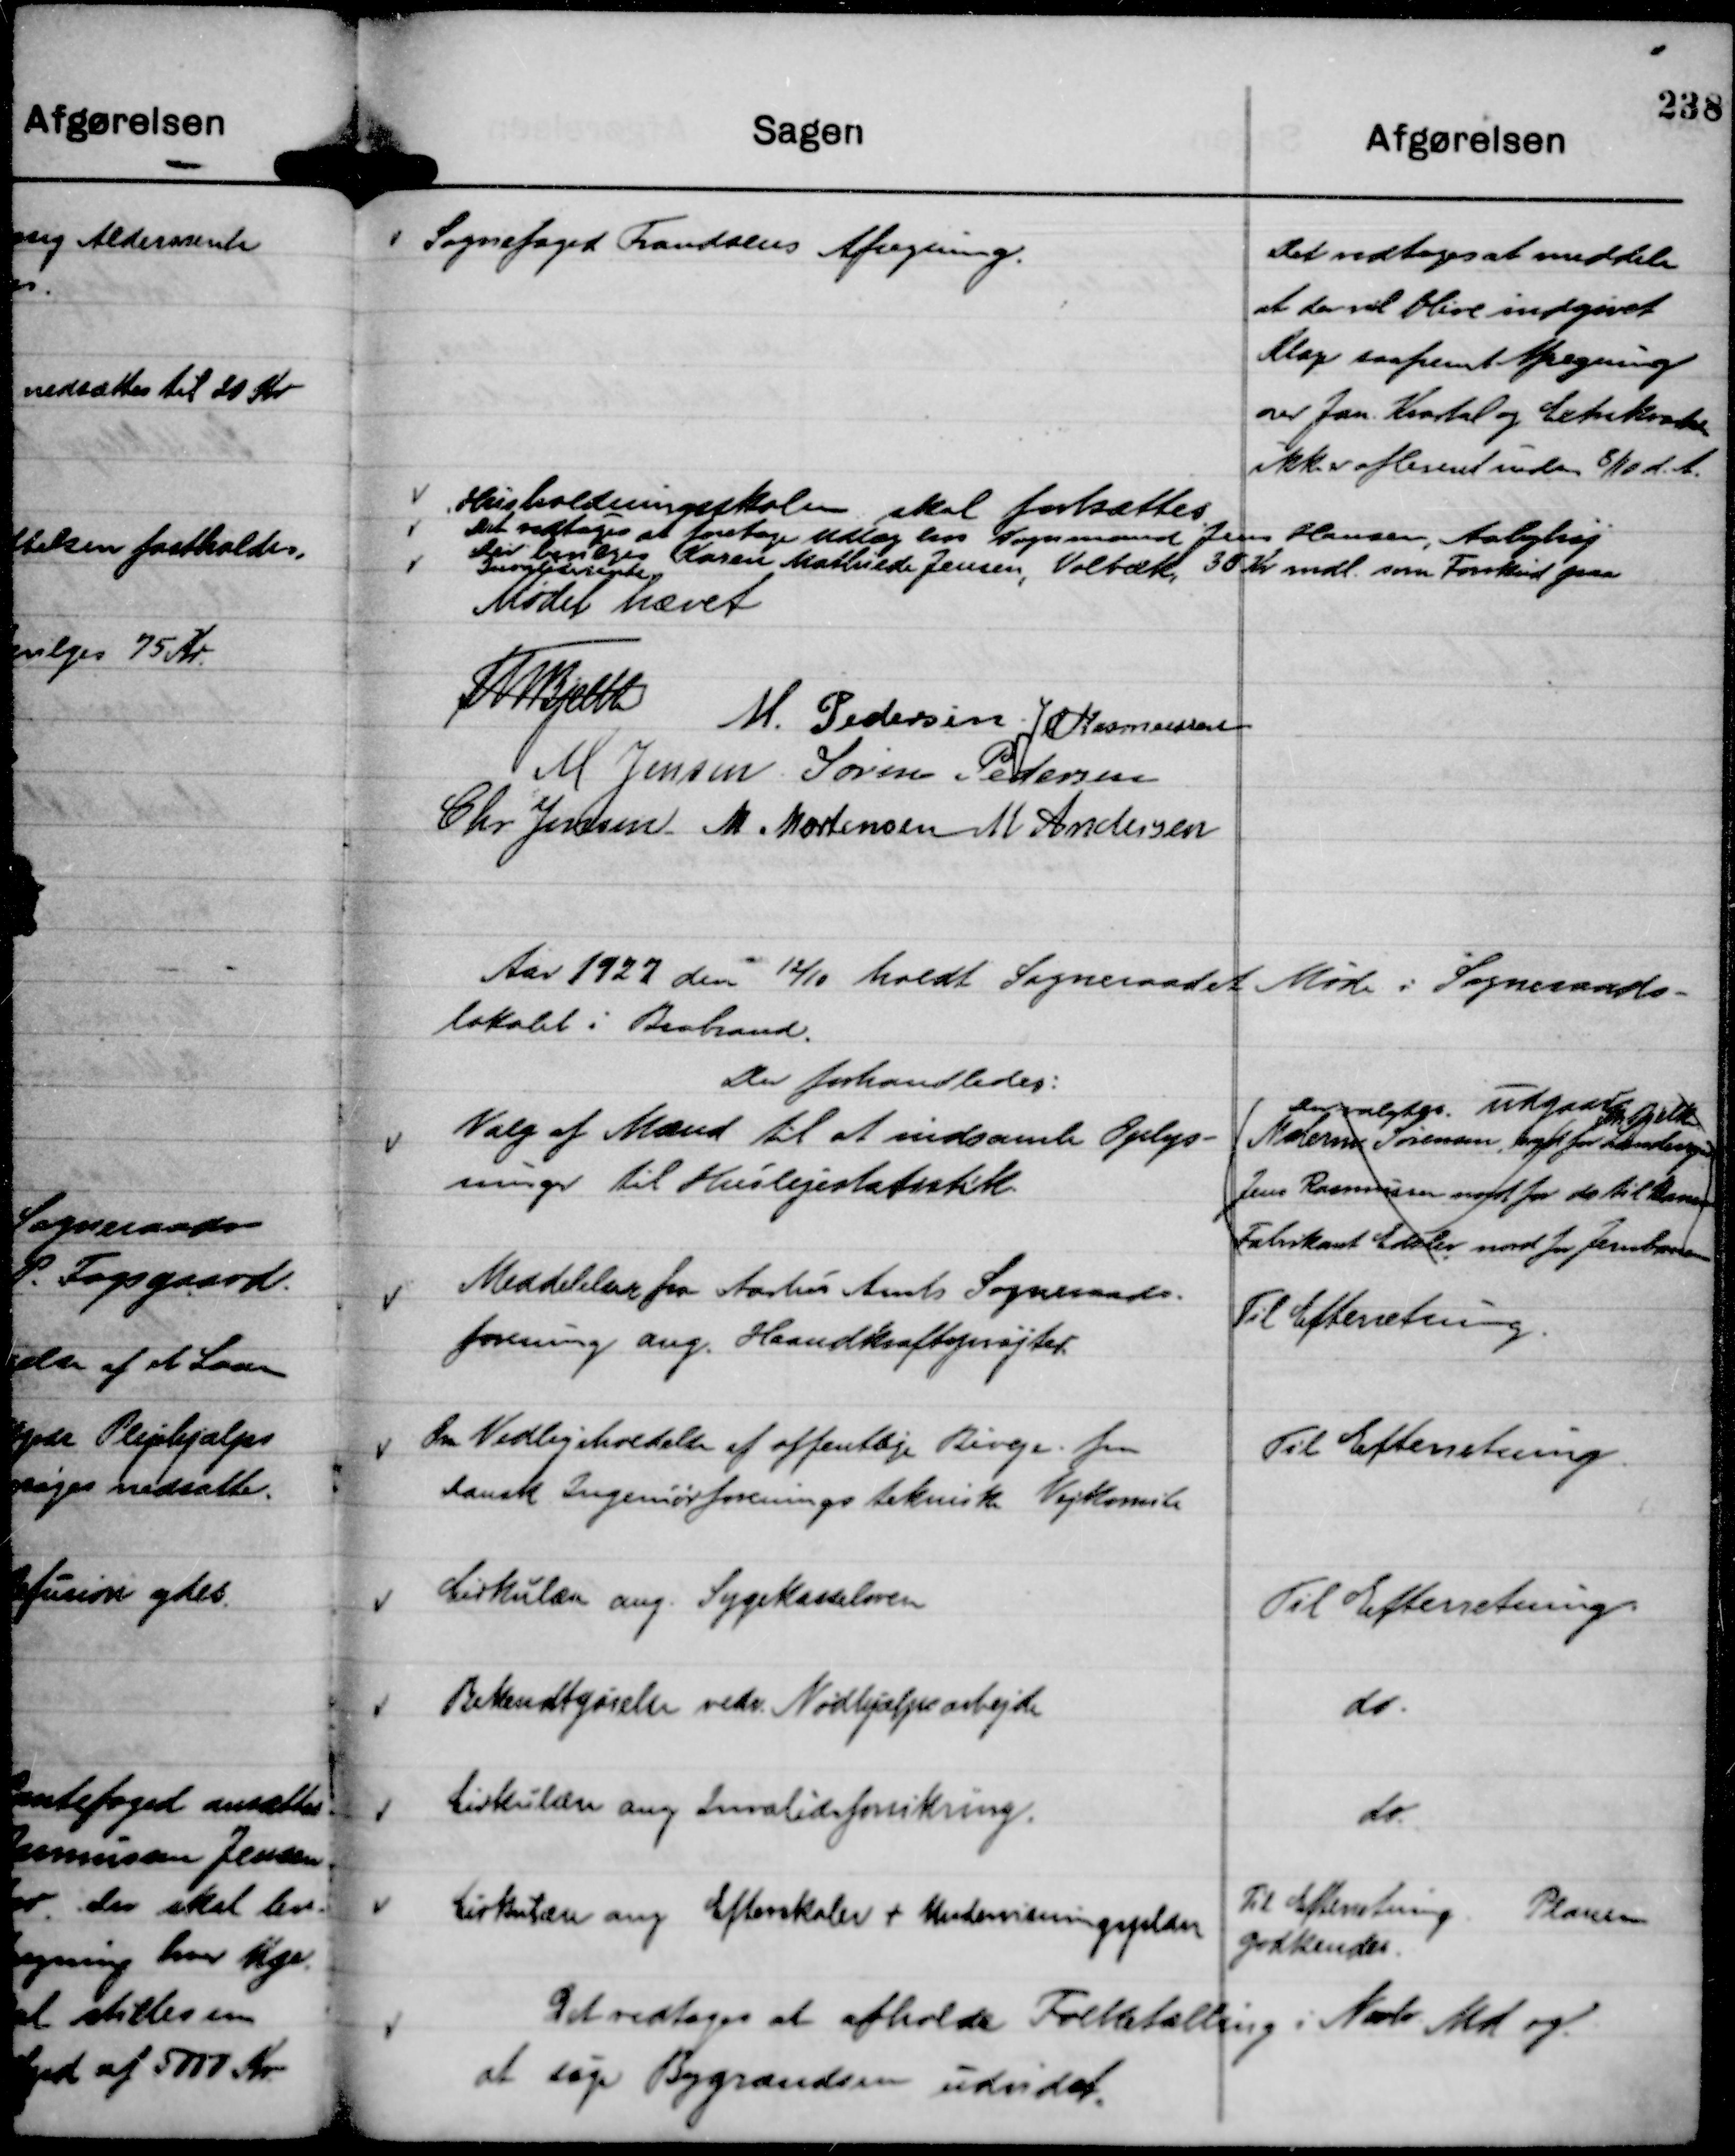
Transskription:
Sognefoged Frandsens Afregning.

Det vedtoges at meddele
at der vil blive indgivet
Klage saafremt Afregning
over Jan. Kvartal og Extrakvartal
ikke er afleveret inden 8/10 d. A.

Husholdningsskolen skal fortsættes.
Det vedtoges at foretage Udlæg hos Vognmand Jens Hansen, Aabyhøj
Der bevilges Karen Mathilde Jensen, Volbæk, 30 Kr mdl. som Forskud paa
Invaliderente

Mødet hævet
Th Bjelke
M. Pedersen
JM Rasmussen
M Jensen
Søren Pedersen
Chr. Jensen
M. Mortensen
M Andersen

Aar 1927 den 12/10 holdt Sogneraadet Møde i Sogneraads-
lokalet i Brabrand.
Der forhandledes:

Valg af Mænd til at Indsamle Oplys-
ninger til Huslejestatistik.

Der valgtes.
udgaar
Th Bjelke
Malerm Sørensen, syd for Landevejen
Jens Rasmussen nord for do til Banen
Fabrikant Edslev nord for Jernbanen

Meddelelser fra Aarhus Amts Sogneraads-
forening ang. Haandkraftsprøjter.

Til Efterretning.

Om Vedligeholdelse af offentlige Biveje fra
dansk Ingeniørforenings tekniske Vejkomite

Til Efterretning.

Cirkulære ang. Sygekasseloven

Til Efterretning.

Bekendtgørelse vedr. Nødhjælpsarbejde

do.

Cirkulære ang Invalideforsikring.

do.

Cirkulære ang Efterskoler + Undervisningsplan

Til Efterretning.
Planen
godkendes.

Det vedtages at afholde Folketælling i Novbr. Md og
at søge Bygrændsen udvidet.